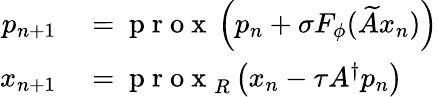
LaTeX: \begin{array}{rl}{p_{n+1}}&{{}=\mathrm{~p~r~o~x~}\left(p_{n}+\sigma F_{\phi}(\widetilde{A}x_{n})\right)}\\ {x_{n+1}}&{{}=\mathrm{~p~r~o~x~}_{R}\left(x_{n}-\tau A^{\dagger}p_{n}\right)}\end{array}